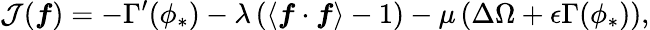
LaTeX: \mathcal{J}(\boldsymbol{f})=-\Gamma^{\prime}(\phi_{*})-\lambda\left(\langle\boldsymbol{f}\cdot\boldsymbol{f}\rangle-1\right)-\mu\left(\Delta\Omega+\epsilon\Gamma(\phi_{*})\right),